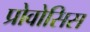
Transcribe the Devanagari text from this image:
प्रोवोसिस